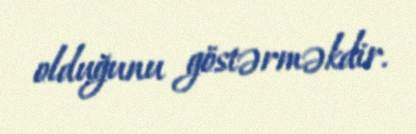
olduğunu göstərməkdir.